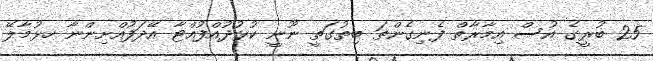
25 ބުރީގެ އުސް އިމާރާތް ފެނިގެންތަ ބިތުގަތީ ނޫނީ ކުޅުދުއްފުއްޓާ އޭދަފުއްށިންނާ ހޅުމާލޭ